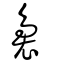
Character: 䙚